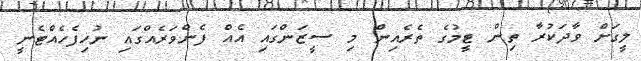
ލީގަށް ވާދަކުރާ ތިން ޓީމުގެ ތެރެއިން މި ސީޒަންގައި އެއް ފެންވަރެއްގައި ނުހިފެހެއްޓެނީ